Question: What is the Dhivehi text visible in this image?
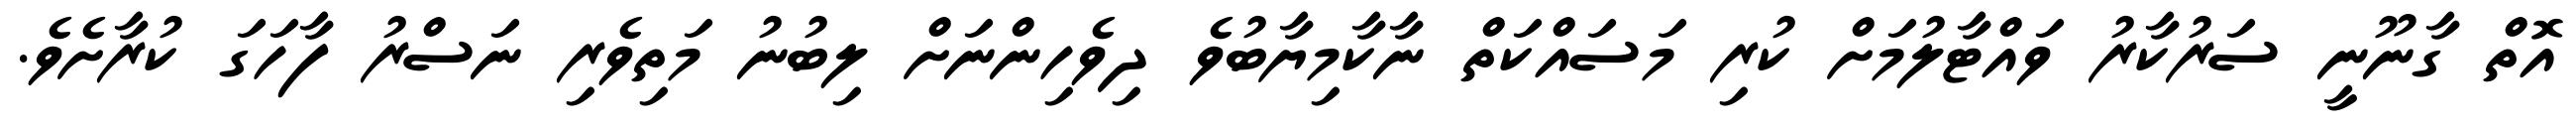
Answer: އޮތް ގާނޫނީ ސަރުކާރު ވައްޓާލުމަށް ކުރި މަސައްކަތް ނާކާމިޔާބުވެ ދިވެހިންނަށް ލިބުނު މަތިވެރި ނަސްރު ފާހަގަ ކުރާށެވެ.